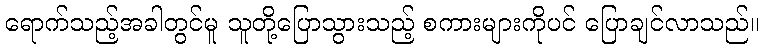
ရောက်သည့်အခါတွင်မူ သူတို့ပြောသွားသည့် စကားများကိုပင် ပြောချင်လာသည်။